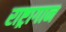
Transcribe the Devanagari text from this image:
राष्ट्रागान